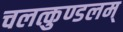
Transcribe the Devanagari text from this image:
चलत्कुण्डलम्